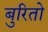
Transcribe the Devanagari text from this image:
बुरितो